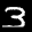
Label: 3